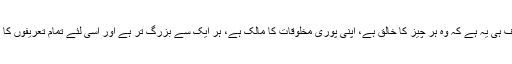
خدا کا تعارف ہی یہ ہے کہ وہ ہر چیز کا خالق ہے، اپنی پوری مخلوقات کا مالک ہے، ہر ایک سے بزرگ تر ہے اور اسی لئے تمام تعریفوں کا مستحق ہے۔